NASA-UAP-D7, Skylab Techincal Crew Debriefing 1973
Page 8
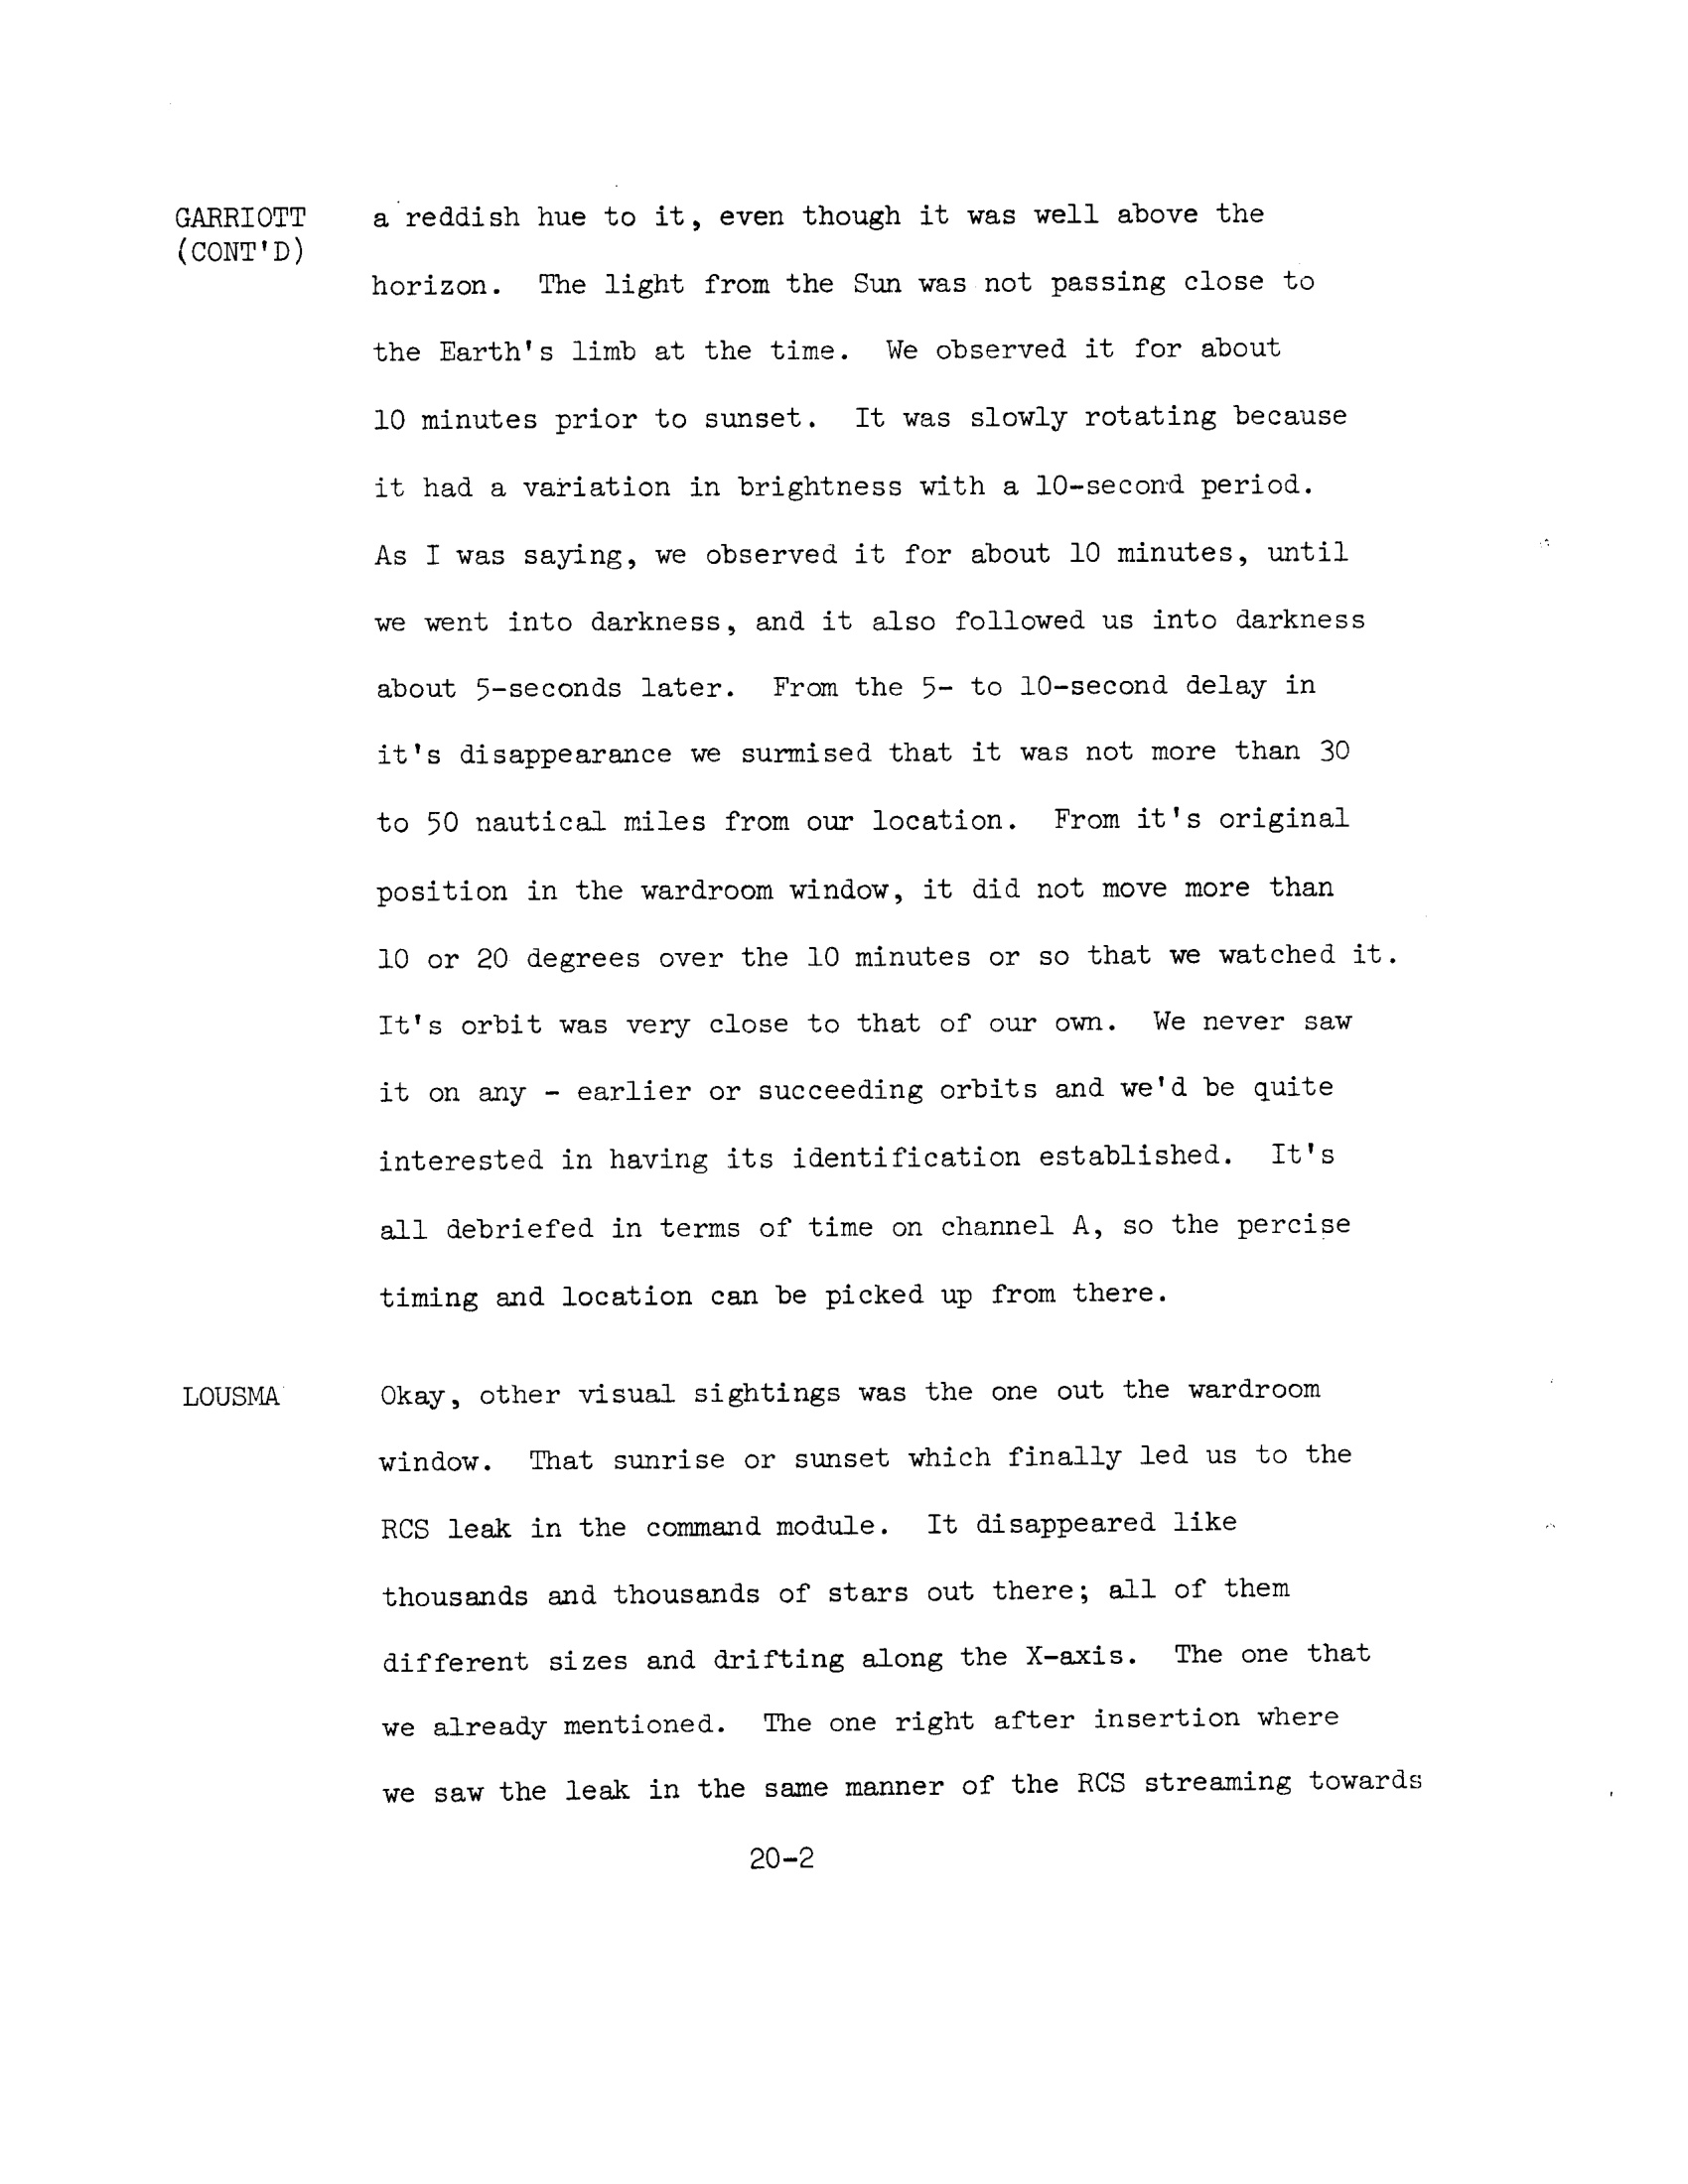